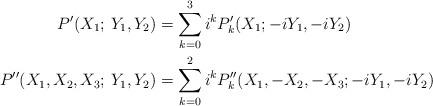
LaTeX: \begin{align*} P'(X_1 ; \,Y_1, Y_2)&= \sum_{k=0}^3 i^k P_k'(X_1 ; -i Y_1, -i Y_2) \\ P''(X_1, X_2, X_3 ;\, Y_1, Y_2) & = \sum_{k=0}^2 i^k P_k''(X_1, -X_2, -X_3; -i Y_1, -i Y_2) \end{align*}